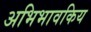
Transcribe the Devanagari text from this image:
अभिभावकिय